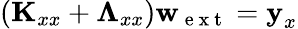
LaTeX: (\textbf{K}_{xx}+\boldsymbol{\Lambda}_{xx})\textbf{w}_{\mathrm{~e~x~t~}}=\textbf{y}_{x}